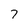
Character: 7